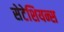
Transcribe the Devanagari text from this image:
सेटेशियन्स